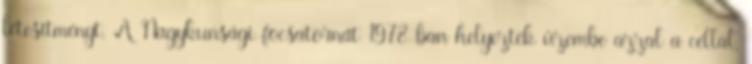
létesítményt. A Nagykunsági-fõcsatornát 1978-ban helyezték üzembe azzal a céllal,